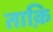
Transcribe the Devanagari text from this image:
ताक़ि